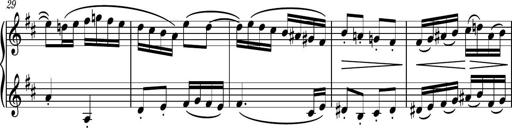
Title: Piano Sonatina No.4
Composer: Dimitri Sykias
Key: D major